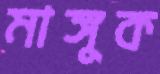
মাঙ্গুক